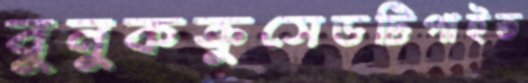
বুনুকক্রুসেডটিপাইত